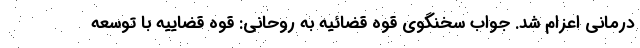
درمانی اعزام شد. جواب سخنگوی قوه قضائیه به روحانی: قوه قضاییه با توسعه